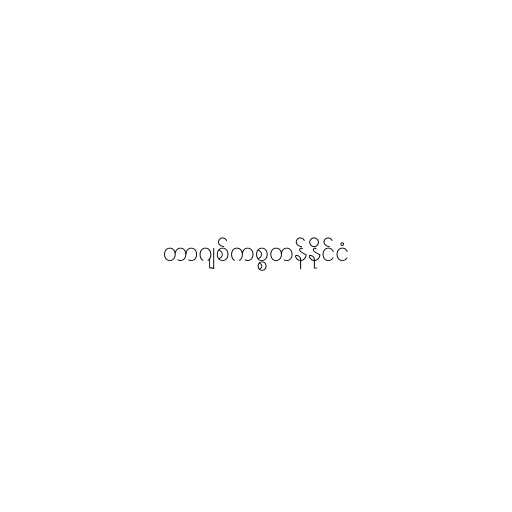
တာဂျစ်ကစ္စတန်နိုင်ငံ